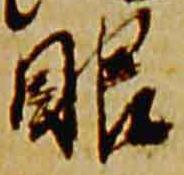
眼